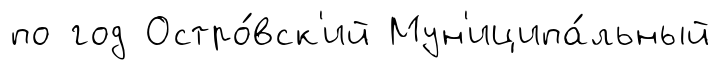
по год Остро́вск'ий Мун'иципа́льный